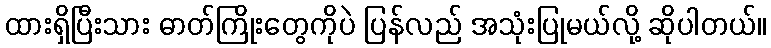
ထားရှိပြီးသား ဓာတ်ကြိုးတွေကိုပဲ ပြန်လည် အသုံးပြုမယ်လို့ ဆိုပါတယ်။